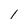
Character: 1